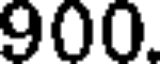
900.